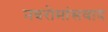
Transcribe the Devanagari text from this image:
नवरोमांसवाद